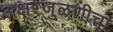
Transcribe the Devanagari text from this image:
अक्षरजुळणीचा